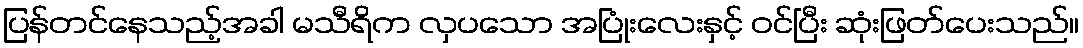
ပြန်တင်နေသည့်အခါ မသီရိက လှပသော အပြုံးလေးနှင့် ဝင်ပြီး ဆုံးဖြတ်ပေးသည်။